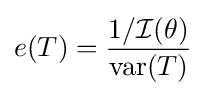
e(T)={\frac {1/{\mathcal {I}}(\theta )}{\operatorname {var} (T)}}